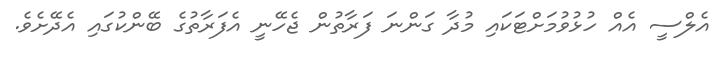
އެލްސީ އެއް ހުޅުވުމަށްޓަކައި މުދާ ގަންނަ ފަރާތުން ޖެހޭނީ އެފަރާތުގެ ބޭންކުގައި އެދޭށެވެ.